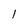
Character: I